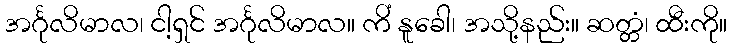
အင်္ဂုလိမာလ၊ ငါ့ရှင် အင်္ဂုလိမာလ။ ကိံ နူခေါ၊ အသို့နည်း။ ဆတ္တံ၊ ထီးကို။